Vital statistics of India. Vol. V, Reports of 1876 on armies & jails and on epidemic cholera
Year: 1876
Disease focus: Cholera
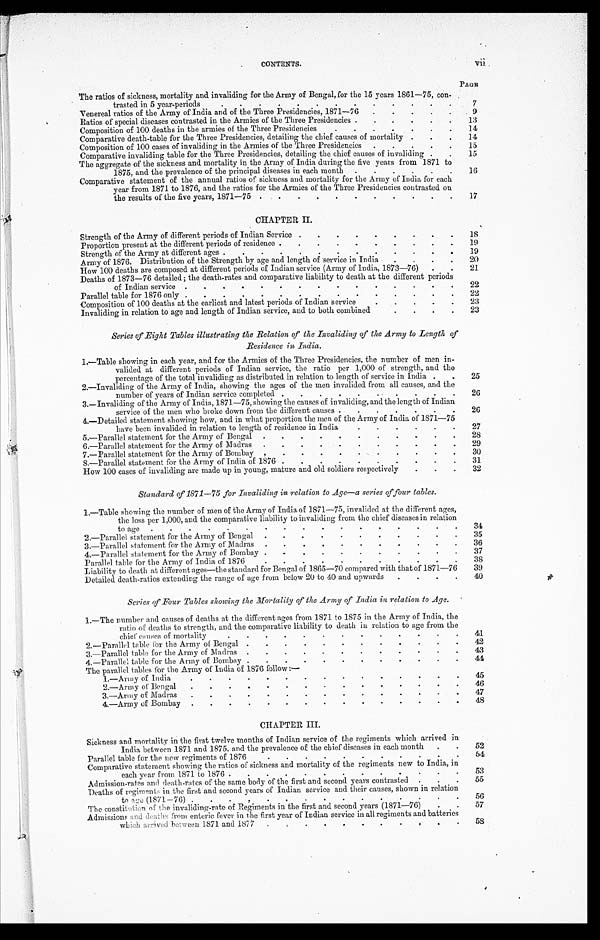
CONTENTS.
Vii
PAGE
The ratios of sickness, mortality and invaliding for the Army of Bengal, for the 15 years 1861—75, con
-trasted in 5 year-periods . . .
7
Venereal ratios of the Army of India and of the Three Presidencies, 1871—76 . . .
9
Ratios of special diseases contrasted in the Armies of the Three Presidencies . . .
13
Composition of 100 deaths in the armies of the Three Presidencies . . .
14
Comparative death-table for the Three Presidencies, detailing the chief causes of mortality . . .
14
Composition of 100 cases of invaliding in the Armies of the Three Presidencies . . .
15
Comparative invaliding table for the Three Presidencies, detailing the chief causes of invaliding . . .
15
The aggregate of the sickness and mortality in the Army of India during the five years from 1871 to
1875, and the prevalence of the principal diseases in each month . . .
16
Comparative statement of the annual ratios of sickness and mortality for the Army of India for each
year from 1871 to 1876, and the ratios for the Armies of the Three Presidencies contrasted on
the results of the five years, 1871—75 . . .
17
CHAPTER II.
Strength of the Army of different periods of Indian Service . . .
18
Proportion present at the different periods of residence . . .
19
Strength of the Army at different ages . . .
19
Army of 1876. Distribution of the Strength by age and length of service in India . . .
20
How 100 deaths are composed at different periods of Indian service (Army of India, 1873—76) . . .
21
Deaths of 1873—76 detailed; the death-rates and comparative liability to death at the different periods
of Indian service . . .
22
Parallel table for 1876 only . . .
22
Composition of 100 deaths at the earliest and latest periods of Indian service . . .
23
Invaliding in relation to age and length of Indian service, and to both combined . . .
23
Series of Eight Tables illustrating the Relation of the Invaliding of the Army to Length of
Residence in India.
1.—Table showing in each year, and for the Armies of the Three Presidencies, the number of men in -
valided at different periods of Indian service, the ratio per 1,000 of strength, and the
percentage of the total invaliding as distributed in relation to length of service in India . . .
25
2.—Invaliding of the Army of India, showing the ages of the men invalided from all causes, and the
number of years of Indian service completed . . .
26
3.—Invaliding of the Army of India, 1871—75, showing the causes of invaliding, and the length of Indian
service of the men who broke down from the different causes . . .
26
4.—Detailed statement showing how, and in what proportion the men of the Army of India of 1871—75
have been invalided in relation to length of residence in India . . .
27
5.—Parallel statement for the Army of Bengal . . .
28
6.—Parallel statement for the Army of Madras . . .
29
7.—Parallel statement for the Army of Bombay . . .
30
8.—Parallel statement for the Army of India of 1876 . . .
31
How 100 cases of invaliding are made up in young, mature and old soldiers respectively . . .
32
Standard of 1871—75 for Invaliding in relation to Age—a series of four tables.
1.—Table showing the number of men of the Army of India of 1871—75, invalided at the different ages,
the loss per 1,000, and the comparative liability to invaliding from the chief diseases in relation
to
age
.
.
.
34
2.—Parallel statement for the Army of Bengal . . .
35
3.—Parallel statement for the Army of Madras . . .
36
4.—Parallel statement for the Army of Bombay . . .
37
Parallel table for the Army of India of 1876 . . .
38
Liability to death at different ages—the standard for Bengal of 1865—70 compared with that of 1871—76
39
Detailed death-ratios extending the range of age from below 20 to 40 and upwards . . .
40
Series of Four Tables showing the Mortality of the Army of India in relation to Age.
1.—The number and causes of deaths at the different ages from 1871 to 1875 in the Army of India, the
ratio of deaths to strength, and the comparative liability to death in relation to age from the
chief causes of mortality . . .
4 1
2.—Parallel table for the Army of Bengal . . .
42
3.—Parallel table for the Army of Madras . . .
43
4.—Parallel table for the Army of Bombay
.
.
.
44
The parallel tables for the Army of India of 1876 follow:—
1.—Army of
India
.
.
.
45
2.—Army of
Bengal
.
.
.
46
3.—Army of Madras . . .
47
4.—Army of Bombay . . .
48
CHAPTER III.
Sickness and mortality in the first twelve months of Indian service of the regiments which arrived in
India between 1871 and 1875, and the prevalence of the chief diseases in each month . . .
52
Parallel table for the new regiments of 1876 . . .
5 4
Comparative statement showing the ratios of sickness and mortality of the regiments new to India, in
each year from 1871 to 1876 . . .
53
Admission-rates and death-rates of the same body of the first and second years contrasted . . .
55
Deaths of regiments in the first and second years of Indian service and their causes, shown in relation
to age (1871—76) . . .
56
The constitution of the invaliding-rate of Regiments in the first and second years (1871—76) . . .
57
Admissions and deaths from enteric fever in the first year of Indian service in all regiments and batteries
which arrived between 1871 and 1877 . . .
58